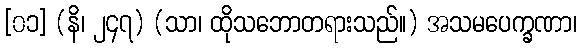
[၀၁] (နိ၊ ၂၄၇) (သာ၊ ထိုသဘောတရားသည်။) အသမပေက္ခဏာ၊